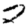
Digit: 2